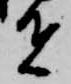
者